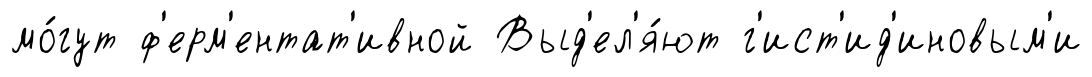
мо́гут ф'ерм'ентат'ивной Выд'ел'я́ют г'ист'ид'иновым'и